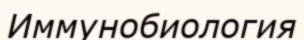
Иммунобиология